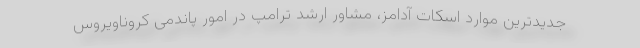
جدیدترین موارد اسکات آدامز، مشاور ارشد ترامپ در امور پاندمی کروناویروس